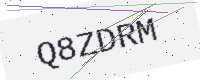
Text: Q8ZDRM